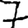
Digit: 7